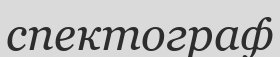
спектограф